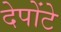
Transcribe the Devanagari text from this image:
देपोंटे